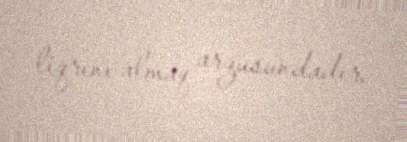
liqrını almaq arzusundadır.